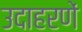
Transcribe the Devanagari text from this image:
उदाहरणें